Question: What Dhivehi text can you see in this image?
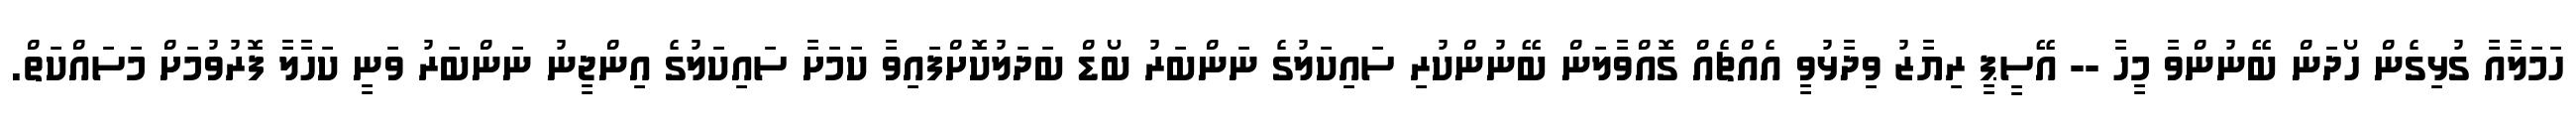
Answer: ހަމަލާއާ ގުޅިގެން ހޯދަން ބޭނުންވާ މީހާ -- އޭސީޕީ ރިޔާޒު ވިދާޅުވީ އެއްޗެއް ގޮއްވާލަން ބޭނުންކުރި ސައިކަލުގެ ނަންބަރު ބޯޑް ބަދަލުކޮށްފައިވާ ކަމަށާ ސައިކަލުގެ އިންޖީނު ނަންބަރު ވަނީ ކަހާލާ ފޮރުވުމަށް މަސައްކަތް.